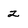
Character: 2